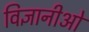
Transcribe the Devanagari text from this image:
विज्ञानीओ